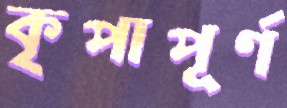
কৃপাপূর্ণ